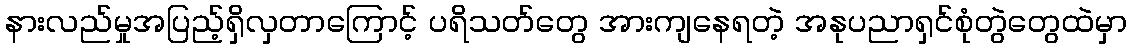
နားလည်မှုအပြည့်ရှိလှတာကြောင့် ပရိသတ်တွေ အားကျနေရတဲ့ အနုပညာရှင်စုံတွဲတွေထဲမှာ